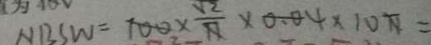
N B S W = 1 0 0 \times \frac { \sqrt { 2 } } { 1 7 } \times 0 . 0 4 \times 1 0 N =